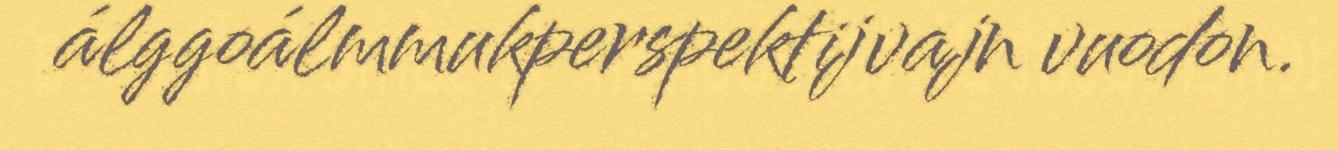
álggoálmmukperspektijvajn vuodon.